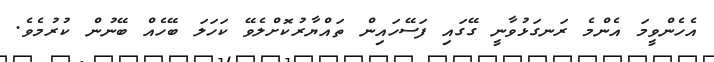
އެހެންވީމަ އެންމެ ރަނގަޅުވާނީ ގޭގައި ފަސޭހައިން ތައްޔާރުކޮށްލެވޭ ކަހަލަ ބޭހެއް ބޭނުން ކުރުމެވެ.